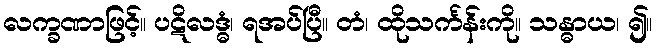
လက္ခဏာဖြင့်။ ပဋိလဒ္ဓံ၊ ရအပ်ပြီ။ တံ၊ ထိုသင်္ကန်းကို။ သန္ဓာယ၊ ၍။